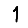
Digit: 1